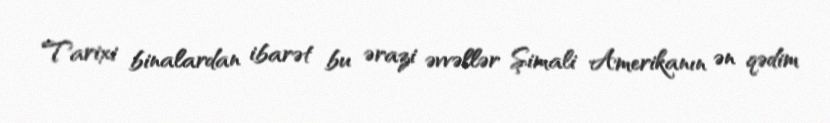
Tarixi binalardan ibarət bu ərazi əvvəllər Şimali Amerikanın ən qədim